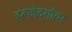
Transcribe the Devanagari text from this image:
हर्त्फोर्द्शायर